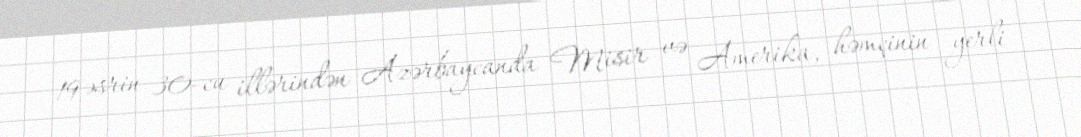
19 əsrin 30-cu illərindən Azərbaycanda Misir və Amerika, həmçinin yerli